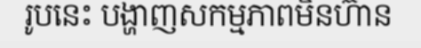
រូបនេះ បង្ហាញសកម្មភាពមិនហ៊ាន